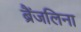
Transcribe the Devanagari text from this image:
ब्रैंजलिना